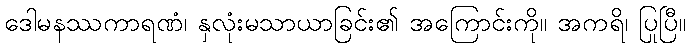
ဒေါမနဿကာရဏံ၊ နှလုံးမသာယာခြင်း၏ အကြောင်းကို။ အကရိ၊ ပြုပြီ။